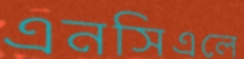
এনসিএলে